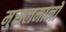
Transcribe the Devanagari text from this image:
मु्सलमानों